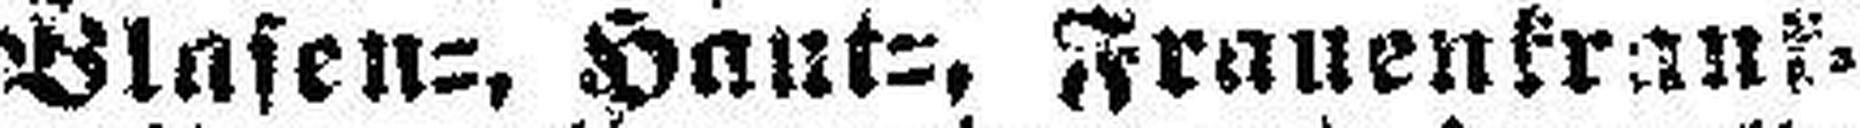
Blasen-, Haut-, Frauenkrank¬